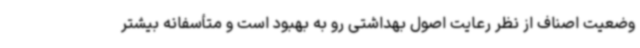
وضعیت اصناف از نظر رعایت اصول بهداشتی رو به بهبود است و متأسفانه بیشتر